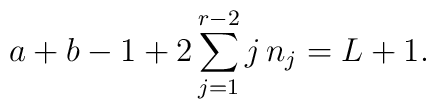
a + b - 1 + 2\sum_{j=1}^{r-2} j\, n_j = L+1.